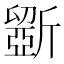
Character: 斵